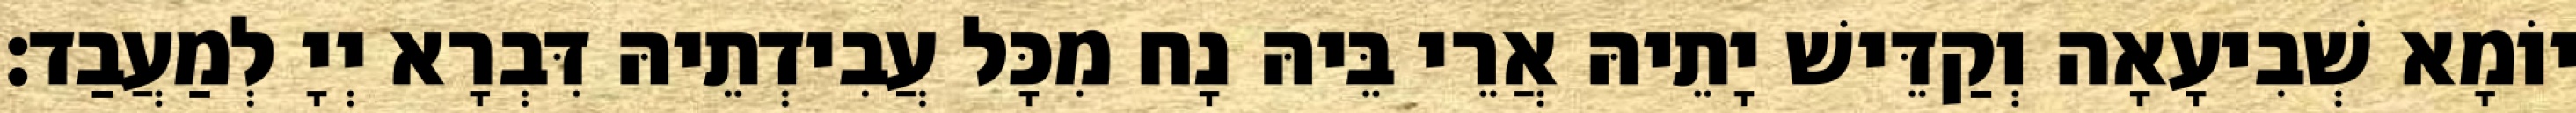
יוֹמָא שְׁבִיעָאָה וְקַדֵּישׁ יָתֵיהּ אֲרֵי בֵּיהּ נָח מִכָּל עֲבִידְתֵיהּ דִּבְרָא יְיָ לְמַעֲבַד׃